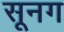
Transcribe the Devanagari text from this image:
सूनग